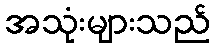
အသုံးများသည်